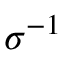
\sigma ^ { - 1 }